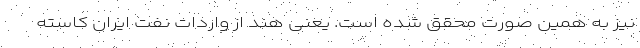
نیز به همین صورت محقق شده است. یعنی هند از واردات نفت ایران کاسته